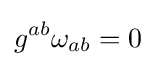
g^{ab}\omega _{ab}=0